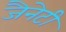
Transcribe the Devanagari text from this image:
जैनेटी